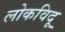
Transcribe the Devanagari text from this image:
लोकविदू